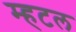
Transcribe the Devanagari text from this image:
म्हटल